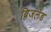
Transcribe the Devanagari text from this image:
ब्रिजलेंड